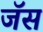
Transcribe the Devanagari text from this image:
जॅस